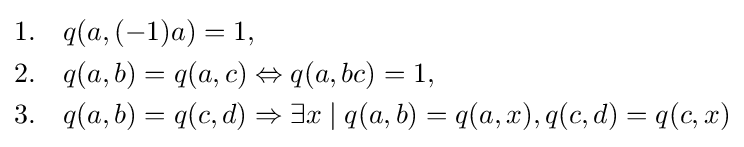
{\begin{aligned}{\text{1.}}\quad &q(a,(-1)a)=1,\\{\text{2.}}\quad &q(a,b)=q(a,c)\Leftrightarrow q(a,bc)=1,\\{\text{3.}}\quad &q(a,b)=q(c,d)\Rightarrow \exists x\mid q(a,b)=q(a,x),q(c,d)=q(c,x)\end{aligned}}